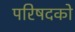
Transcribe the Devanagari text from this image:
परिषदको